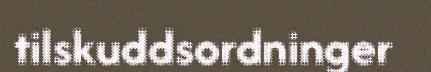
tilskuddsordninger